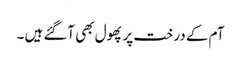
آم کے درخت پر پھول بھی آگئے ہیں ۔